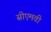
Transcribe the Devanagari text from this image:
सीएमवी